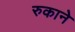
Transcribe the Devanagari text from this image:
रुकाने